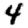
Digit: 4